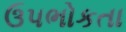
ઉપભોકતા